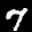
Label: 7